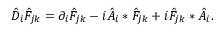
\hat { D } _ { i } \hat { F } _ { j k } = \partial _ { i } \hat { F } _ { j k } - i \hat { A } _ { i } \ast \hat { F } _ { j k } + i \hat { F } _ { j k } \ast \hat { A } _ { i } .